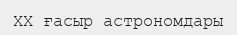
XX ғасыр астрономдары